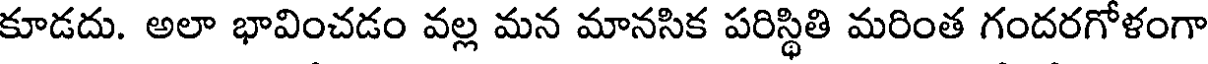
కూడదు. అలా భావించడం వల్ల మన మానసిక పరిస్థితి మరింత గందరగోళంగా